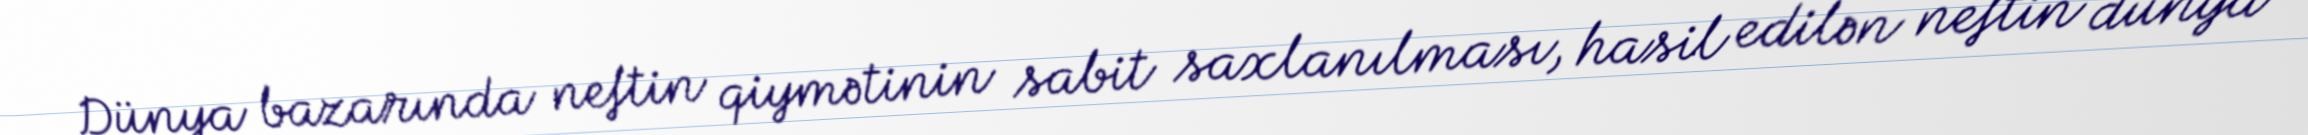
Dünya bazarında neftin qiymətinin sabit saxlanılması, hasil edilən neftin dünya